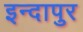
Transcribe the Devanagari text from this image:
इन्दापुर